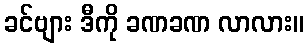
ခင်ဗျား ဒီကို ခဏခဏ လာလား။